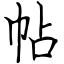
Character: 帖